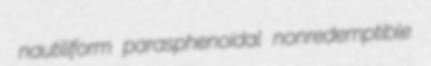
nautiliform parasphenoidal nonredemptible